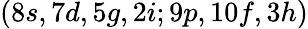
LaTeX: (8s,7d,5g,2i;9p,10f,3h)